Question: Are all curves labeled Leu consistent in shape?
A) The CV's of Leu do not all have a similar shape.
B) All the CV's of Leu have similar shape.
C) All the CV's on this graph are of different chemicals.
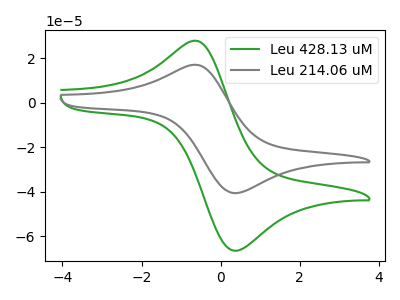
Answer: <think>The green curve "Leu 428.13 uM" has an anodic peak at (-0.55V, 27.55uA) and a cathodic peak at (0.35V, -66.55uA). The gray curve "Leu 214.06 uM" has an anodic peak at (-0.55V, 16.85uA) and a cathodic peak at (0.35V, -40.65uA).
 All the peaks in "Leu 428.13 uM" have a peak in "Leu 214.06 uM" at the same potential. Every peak in "Leu 428.13 uM" is higher than every peak in "Leu 214.06 uM".</think>
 <answer>B) All the CV's of "Leu" have similar shape.</answer>
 <eval>B</eval>